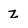
Character: z